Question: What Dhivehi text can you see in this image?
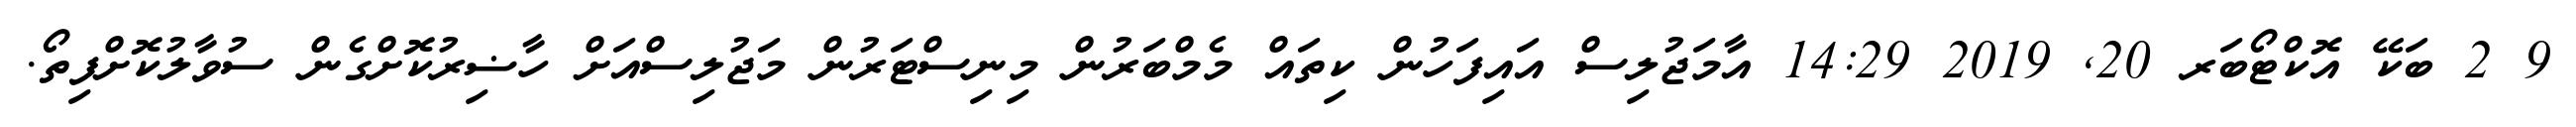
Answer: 9 2 ބަކޭ އޮކްޓޯބަރ 20, 2019 14:29 އާމަޖުލިސް އައިފަހުން ކިތައް މެމްބަރުން މިނިސްޓަރުން މަޖުލިސްއަށް ހާޟިރުކޮށްގެން ސުވާލުކޮށްފިތޯ.